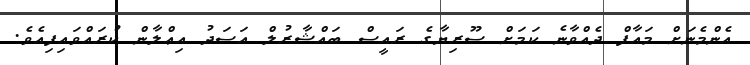
އެންމެނަށް މައާފް ދެއްވާނެ ކަމަށް ސޫރިޔާގެ ރައީސް ބައްޝާރުލް އަސަދު އިޢްލާން ކުރައްވައިފިއެވެ.